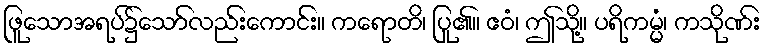
ဖြူသောအရပ်၌သော်လည်းကောင်း။ ကရောတိ၊ ပြု၏။ ဧဝံ၊ ဤသို့။ ပရိကမ္မံ၊ ကသိုဏ်း